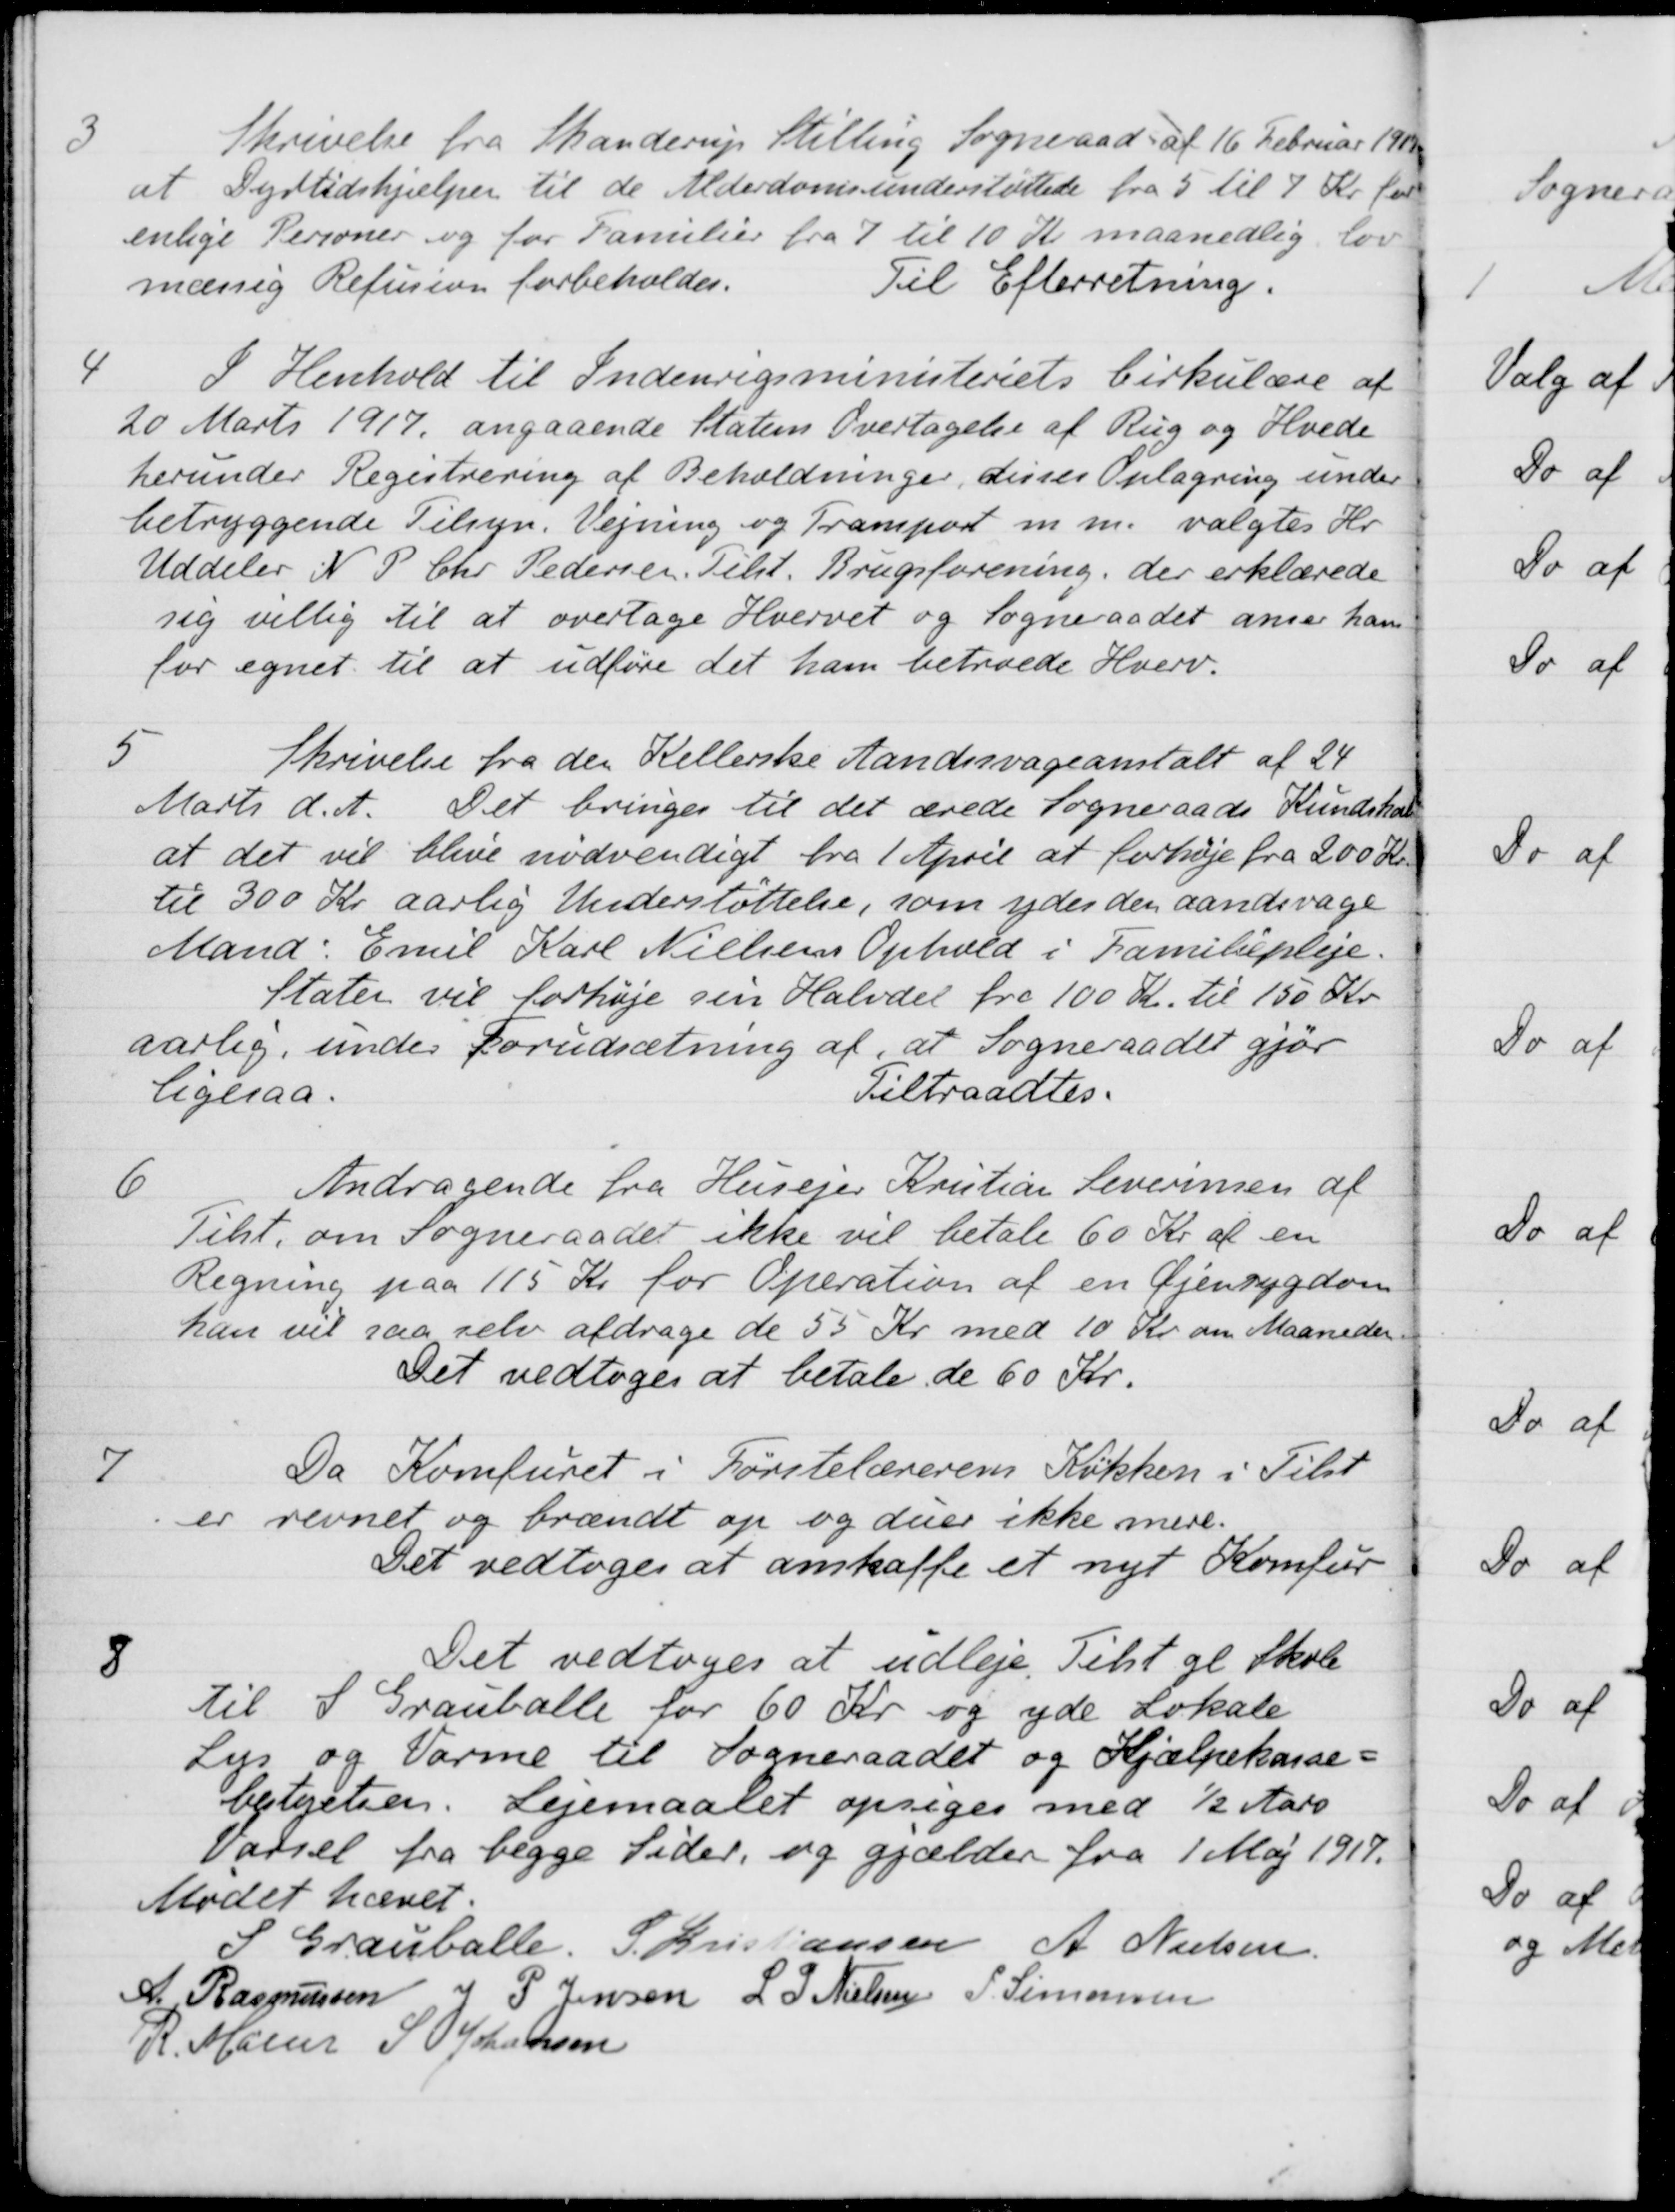
Transskription:
3
Skrivelse fra Skanderup Stilling Sogneraad af 16 Februar 1917
at Dyrtidshjælpen til de Alderdomsunderstøttede fra 5 til 7 Kr for
enlige Personer og for Familier fra 7 til 10 Kr maanedlig lov
mæssig Refusion forbeholdes.
Til Efterretning.
4
I Henhold til Indenrigsministeriets Cirkulære af
20 Marts 1917 angaaende Statens Overtagelse af Rug og Hvede
herunder Registrering af Beholdninger, disses Oplagning under
betryggende Tilsyn. Vejning og Transport m. m. valgtes Hr
Uddeler N. P. Chr. Pedersen Tilst. Brugsforening, der erklærede
sig villig til at overtage Hvervet og Sogneraadet anser ham
for egnet til at udføre det ham betroede Hverv.
5
Skrivelse fra den Kellerske Aandssvageanstalt af 24
Marts d. A. Det bringes til det ærede Sogneraads Kundskab
at det vil blive nødvendigt fra 1 April at forhøje fra 200 Kr.
til 300 Kr aarlig Understøttelse, som ydes den aandsvage
Mand: Emil Karl Nielsens Ophold i Familiepleje.
Stater vil forhøje sin Halvdel fra 100 Kr. til 150 Kr.
aarlig, under Forudsætning af, at Sogneraadet gjør
ligesaa.
Tiltraadtes.
6
Andragende fra Husejer Kristian Leverinsen af
Tilst. om Sogneraadet ikke vil betale 60 Kr. af en
Regning paa 115 Kr for Operation af en Øjensygdom
han vil saa selv afdrage de 55 Kr. med 10 Kr. om Maaneden
Det vedtoges at betale de 60 Kr.
7
Da Komfuret i Førstelærerens Køkken i Tilst
er revnet og brændt op og duer ikke mere.
Det vedtoges at anskaffe et nyt Komfur
8
Det vedtoges at udleje. Tilst gl Skole
til S Grauballe for 60 Kr og yde Lokale
Lys og Varme til Sogneraadet og Hjælpekasse
bestyrelsen. Lejemaalet opsiges med ½ Aars
Varsel fra begge Sider, og gjælder fra 1 Maj 1917.
Mødet hævet.
S Grauballe.
S. Kristiansen
A Nielsen
A Rasmussen
J P. Jensen
L. P. Nielsen
P. Simonsen
R. Møller
S Johansen